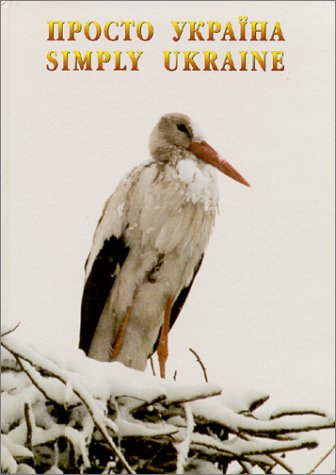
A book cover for Simply Ukraine; Tania D'Avignon; Travel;